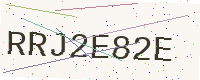
Text: RRJ2E82E